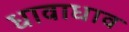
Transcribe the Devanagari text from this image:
धावाधाव